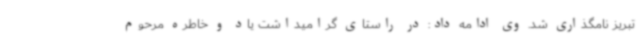
تبریز نامگذاری شد. وی ادامه داد: در راستای گرامیداشت یاد و خاطره مرحوم